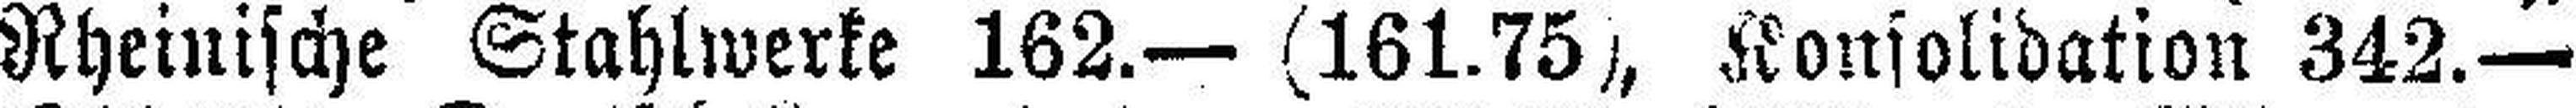
Rheinische Stahlwerke 162.— (161.75), Konsolidation 342.—